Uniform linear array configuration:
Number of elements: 4
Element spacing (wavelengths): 0.25
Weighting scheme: kaiser
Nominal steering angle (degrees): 15
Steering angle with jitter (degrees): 15.465
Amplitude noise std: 0.05
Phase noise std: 0.05

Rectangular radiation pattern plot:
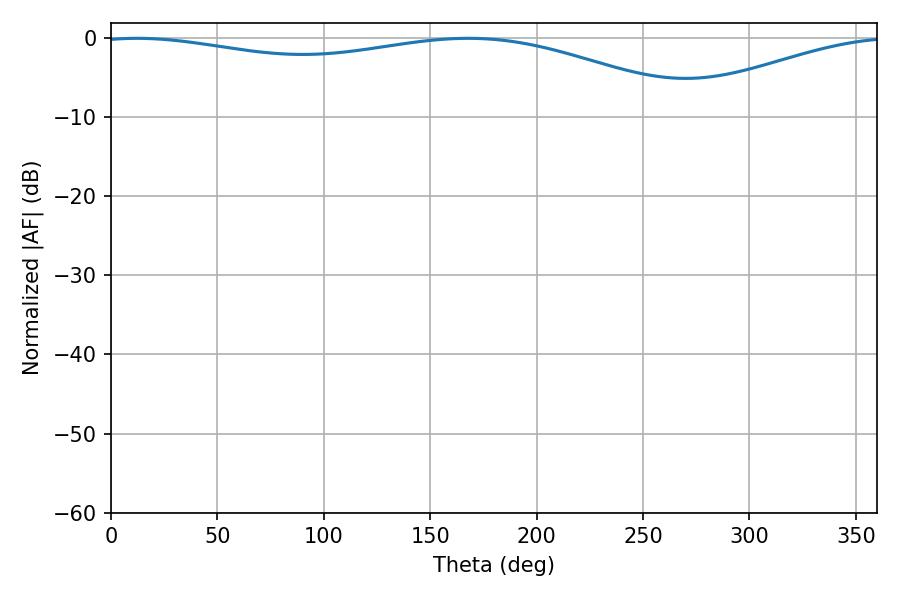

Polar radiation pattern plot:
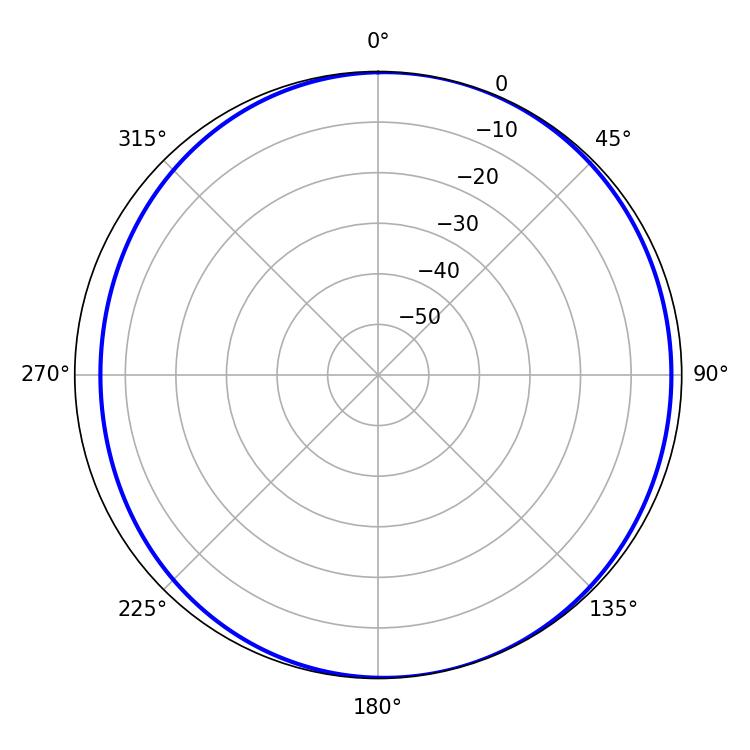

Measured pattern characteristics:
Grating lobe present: FALSE
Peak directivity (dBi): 5.351
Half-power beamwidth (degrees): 228.42
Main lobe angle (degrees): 12.06